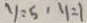
y = 5 , y = 1